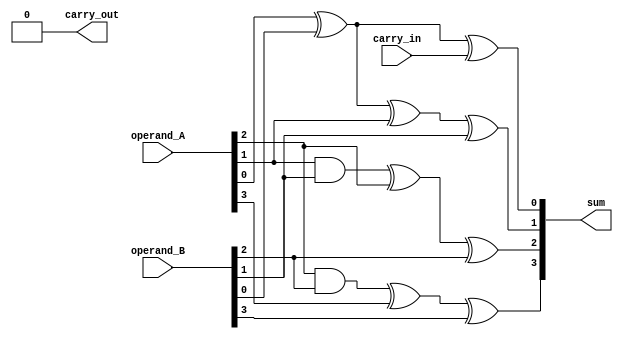
module kogge_stone_adder(input [3:0] operand_A, operand_B,
                          input carry_in,
                          output [3:0] sum,
                          output carry_out);

  wire [3:0] p, g;
  
  assign {g[0], p[0]} = operand_A[0] ^ operand_B[0];
  assign {g[1], p[1]} = (operand_A[1] & operand_B[1]) | (operand_A[1] & g[0]) | (operand_B[1] & g[0]);
  assign {g[2], p[2]} = (operand_A[2] & operand_B[2]) | (operand_A[2] & g[1]) | (operand_B[2] & g[1]);
  assign {g[3], p[3]} = (operand_A[3] & operand_B[3]) | (operand_A[3] & g[2]) | (operand_B[3] & g[2]);
  
  assign sum[0] = operand_A[0] ^ operand_B[0] ^ carry_in;
  assign sum[1] = p[0] ^ operand_A[1] ^ operand_B[1] ^ (p[0] & g[0]);
  assign sum[2] = p[1] ^ operand_A[2] ^ operand_B[2] ^ (p[1] & g[1]);
  assign sum[3] = p[2] ^ operand_A[3] ^ operand_B[3] ^ (p[2] & g[2]);
  
  assign carry_out = g[3] | (p[3] & g[2]) | (p[2] & g[1]) | (p[1] & g[0]);

endmodule